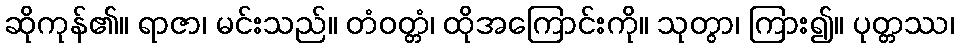
ဆိုကုန်၏။ ရာဇာ၊ မင်းသည်။ တံဝတ္တံ၊ ထိုအကြောင်းကို။ သုတွာ၊ ကြား၍။ ပုတ္တဿ၊